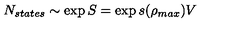
N _ { s t a t e s } \sim \exp { S } = \exp s ( \rho _ { m a x } ) V